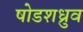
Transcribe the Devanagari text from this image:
षोडशध्रुव